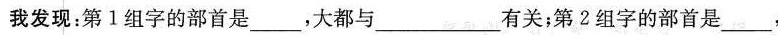
我发现：第1组字的部首是___，大都与___有关；第2组字的部首是___，